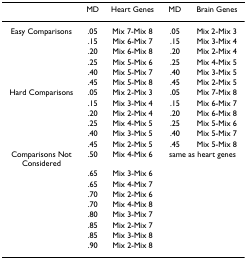
|  | MD | Heart Genes | MD | Brain Genes |
 | --- | --- | --- | --- | --- |
 | Easy Comparisons | .05 | Mix 7-Mix 8 | .05 | Mix 2-Mix 3 |
 |  | .15 | Mix 6-Mix 7 | .15 | Mix 3-Mix 4 |
 |  | .20 | Mix 6-Mix 8 | .20 | Mix 2-Mix 4 |
 |  | .25 | Mix 5-Mix 6 | .25 | Mix 4-Mix 5 |
 |  | .40 | Mix 5-Mix 7 | .40 | Mix 3-Mix 5 |
 |  | .45 | Mix 5-Mix 8 | .45 | Mix 2-Mix 5 |
 | Hard Comparisons | .05 | Mix 2-Mix 3 | .05 | Mix 7-Mix 8 |
 |  | .15 | Mix 3-Mix 4 | .15 | Mix 6-Mix 7 |
 |  | .20 | Mix 2-Mix 4 | .20 | Mix 6-Mix 8 |
 |  | .25 | Mix 4-Mix 5 | .25 | Mix 5-Mix 6 |
 |  | .40 | Mix 3-Mix 5 | .40 | Mix 5-Mix 7 |
 |  | .45 | Mix 2-Mix 5 | .45 | Mix 5-Mix 8 |
 | Comparisons Not Considered | .50 | Mix 4-Mix 6 | <COLSPAN=2> same as heart genes |
 |  | .65 | Mix 3-Mix 6 |  |  |
 |  | .65 | Mix 4-Mix 7 |  |  |
 |  | .70 | Mix 2-Mix 6 |  |  |
 |  | .70 | Mix 4-Mix 8 |  |  |
 |  | .80 | Mix 3-Mix 7 |  |  |
 |  | .85 | Mix 2-Mix 7 |  |  |
 |  | .85 | Mix 3-Mix 8 |  |  |
 |  | .90 | Mix 2-Mix 8 |  |  |